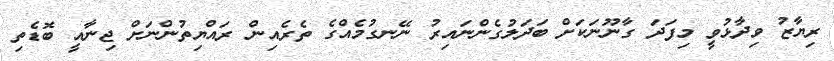
ރިޔާޒު ވިދާޅުވީ މިފަދަ ގާނޫނަކަށް ބަދަލުގެންނައިރު ނޭނގުމެއްގެ ތެރެއިން ރައްޔިތުންނަށް ޖިނާއީ ބޮޑެތި